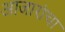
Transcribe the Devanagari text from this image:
आजारांचा